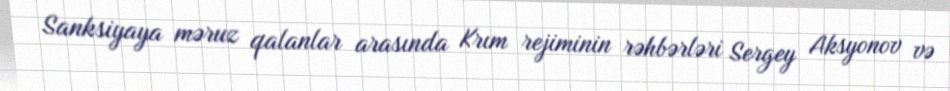
Sanksiyaya məruz qalanlar arasında Krım rejiminin rəhbərləri Sergey Aksyonov və